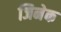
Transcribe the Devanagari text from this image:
जिनेक